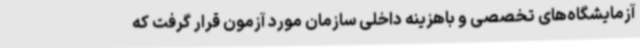
آزمایشگاه‌های تخصصی و باهزینه داخلی سازمان مورد آزمون قرار گرفت که